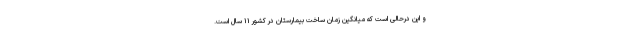
و این درحالی است که میانگین زمان ساخت بیمارستان در کشور ۱۱ سال است.